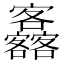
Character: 𡬚